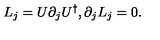
L _ { j } = U \partial _ { j } U ^ { \dagger } , \partial _ { j } L _ { j } = 0 .